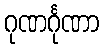
ဂုဏင်္ဂုဏာ